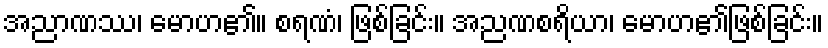
အညာဏဿ၊ မောဟ၏။ စရဏံ၊ ဖြစ်ခြင်း။ အညဏစရိယာ၊ မောဟ၏ဖြစ်ခြင်း။